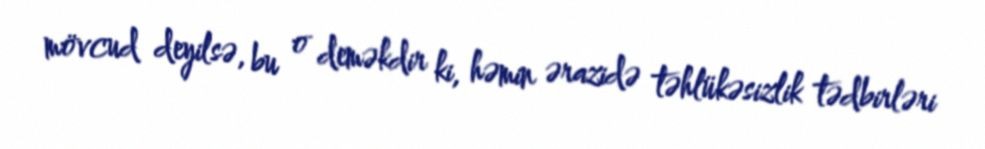
mövcud deyilsə, bu o deməkdir ki, həmin ərazidə təhlükəsizlik tədbirləri